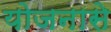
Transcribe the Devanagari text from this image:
योजनासे